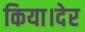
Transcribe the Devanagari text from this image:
किया।देर